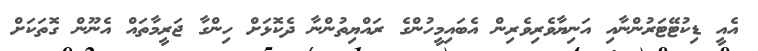
އެއީ ޑިކުޓޭޓަރުންނާއި އަނިޔާވެރިވެރިން އެބައިމީހުންގެ ރައްޔިތުންނާ ދެކޮޅަށް ހިންގާ ޖަރީމާތައް އެނޫން ގޮތަކަށް